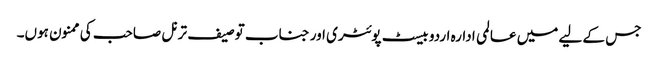
جس کے لیے میں عالمی ادارہ اردو بیسٹ پوئٹری اور جناب توصیف ترنل صاحب کی ممنون ہوں۔